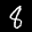
Label: 8